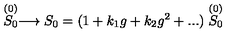
\stackrel { ( 0 ) } { S _ { 0 } } \longrightarrow S _ { 0 } = ( 1 + k _ { 1 } g + k _ { 2 } g ^ { 2 } + . . . ) \stackrel { ( 0 ) } { S _ { 0 } }